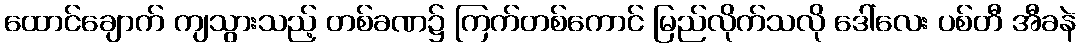
ထောင်ချောက် ကျသွားသည့် တစ်ခဏ၌ ကြက်တစ်ကောင် မြည်လိုက်သလို ဒေါ်လေး ပစ်တီ အီခနဲ